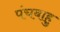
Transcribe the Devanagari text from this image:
पंचबाहु